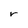
Character: r